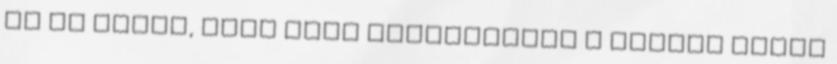
az is lehet, hogy régi problémának a végére tudsz